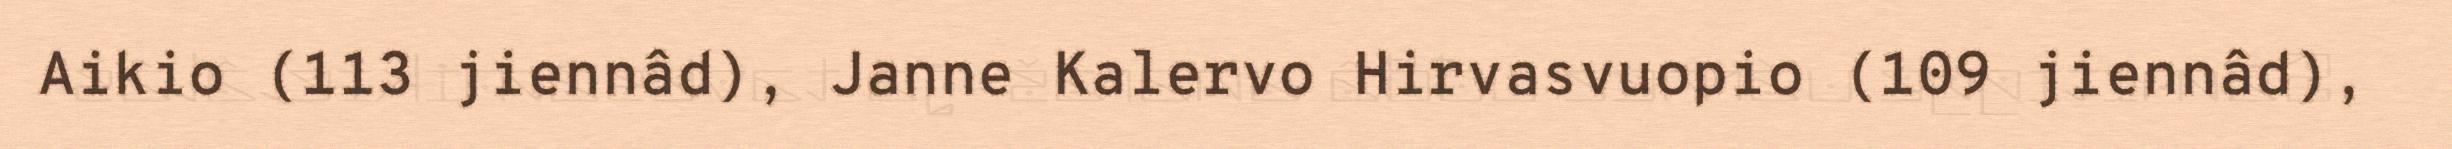
Aikio (113 jiennâd), Janne Kalervo Hirvasvuopio (109 jiennâd),